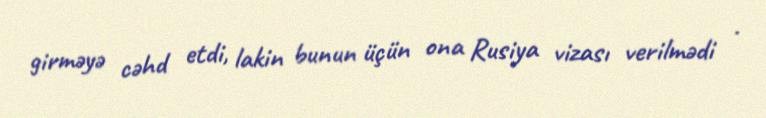
girməyə cəhd etdi, lakin bunun üçün ona Rusiya vizası verilmədi .